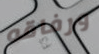
ورفاقه